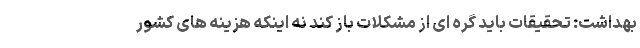
بهداشت: تحقیقات باید گره ای از مشکلات باز کند نه اینکه هزینه های کشور